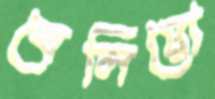
বেলিয়ো